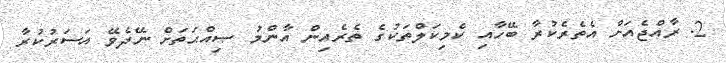
2. ރާއްޖެއަށް އެތެރެކުރާ ބޭހާއި ކެމިކަލްތަކުގެ ތެރެއިން އާންމު ޞިއްޙަތަށް ނޭދެވޭ އަސަރުކުރާ